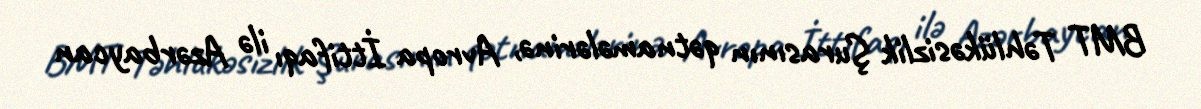
BMT Təhlükəsizlik Şurasının qətnamələrinə, Avropa İttifaqı ilə Azərbaycan